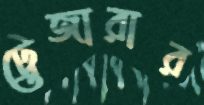
ট্রেজারার